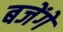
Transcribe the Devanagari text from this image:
बजेंगे